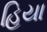
હિયા